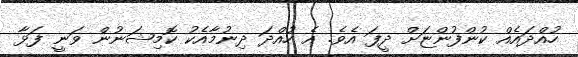
ހުއްދައެއް ކުންފުންޏަށް ދީފަ އެވެ. އެ ހުއްދަ ދިނުމާއެކު ކޮމިޝަނުން ވަނީ ފަޅާ